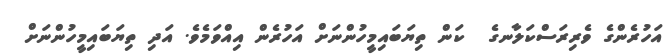
އަހުރެންގެ ވެރިރަސްކަލާނގެ  ކަން ތިޔަބައިމީހުންނަށް އަހުރެން އިއްވަމެވެ. އަދި ތިޔަބައިމީހުންނަށް